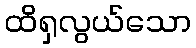
ထိရှလွယ်သော